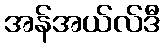
အန်အယ်လ်ဒီ